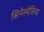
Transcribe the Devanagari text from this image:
सिनेस्थेसिया